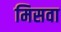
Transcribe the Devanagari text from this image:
मिसवा